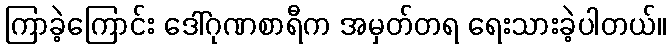
ကြာခဲ့ကြောင်း ဒေါ်ဂုဏစာရီက အမှတ်တရ ရေးသားခဲ့ပါတယ်။